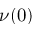
\nu ( 0 )